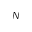
N